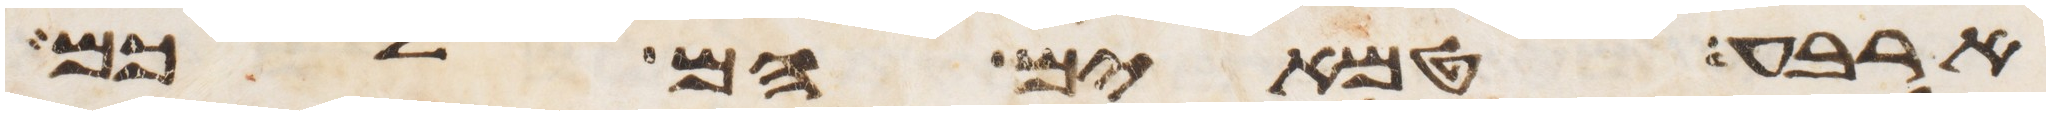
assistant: ארבע טמאים הם לכם